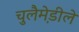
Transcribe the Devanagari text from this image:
चुलैमे़डीले